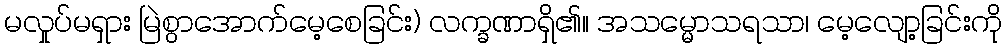
မလှုပ်မရှား မြဲစွာအောက်မေ့စေခြင်း) လက္ခဏာရှိ၏။ အသမ္မောသရသာ၊ မေ့လျော့ခြင်းကို